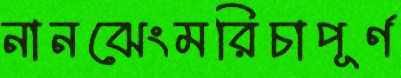
নানঝেংমরিচাপূর্ণ